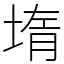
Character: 堶